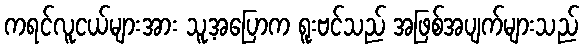
ကရင်လူငယ်များအား သူ့အပြောက ရူးဗင်သည် အဖြစ်အပျက်များသည်